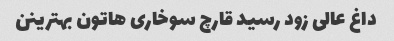
داغ عالی زود رسید قارچ سوخاری هاتون بهترینن